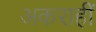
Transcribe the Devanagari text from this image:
अकराहीं